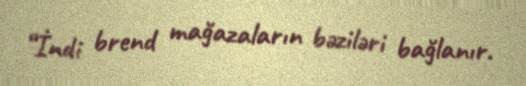
“İndi brend mağazaların bəziləri bağlanır.